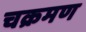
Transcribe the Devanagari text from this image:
चक्रमण